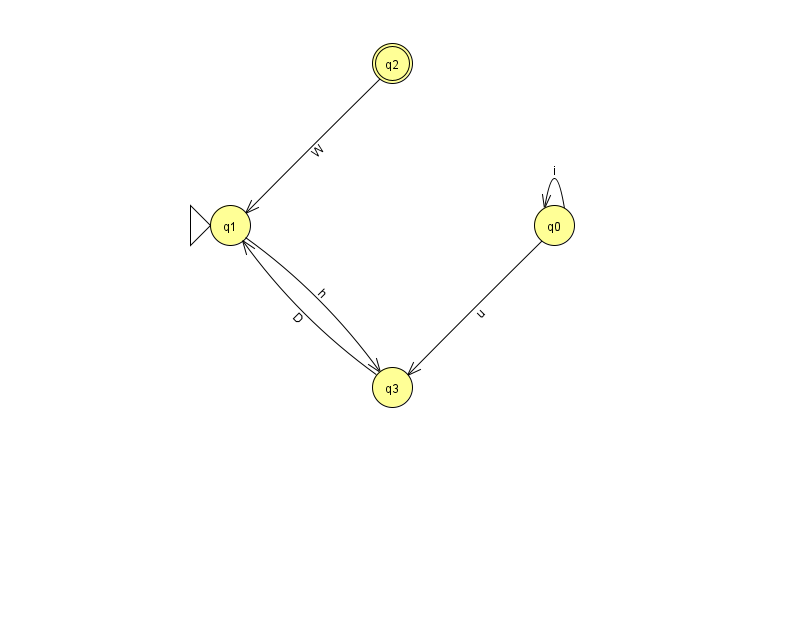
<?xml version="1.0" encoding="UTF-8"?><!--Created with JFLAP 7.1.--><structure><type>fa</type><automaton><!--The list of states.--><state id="0" name="q0"><x>554.0</x><y>212.0</y></state><state id="1" name="q1"><x>230.0</x><y>212.0</y><initial/></state><state id="2" name="q2"><x>392.0</x><y>50.0</y><final/></state><state id="3" name="q3"><x>392.0</x><y>374.0</y></state><!--The list of transitions.--><transition><from>0</from><to>3</to><read>u</read></transition><transition><from>3</from><to>1</to><read>D</read></transition><transition><from>0</from><to>0</to><read>i</read></transition><transition><from>1</from><to>3</to><read>h</read></transition><transition><from>2</from><to>1</to><read>W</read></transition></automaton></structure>